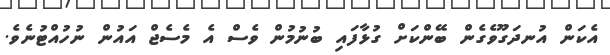
އެކަން އުނދަގޫވެގެން ބޭންކަށް ގުޅާފައި ބުނުމުން ވެސް އެ މެސެޖް އައުން ނުހުއްޓުނެވެ.